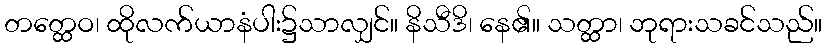
တတ္ထေဝ၊ ထိုလက်ယာနံပါး၌သာလျှင်။ နိသီဒိ၊ နေ၏။ သတ္ထာ၊ ဘုရားသခင်သည်။